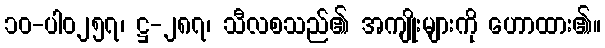
၁၀-ပါ၀၂၅၇၊ ဋ္ဌ-၂၈၇၊ သီလစသည်၏ အကျိုးများကို ဟောထား၏။